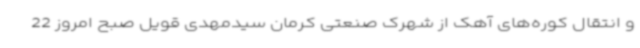
و انتقال کوره‌های آهک از شهرک صنعتی کرمان سیدمهدی قویل صبح امروز 22